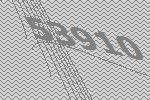
53910